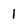
Character: l